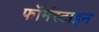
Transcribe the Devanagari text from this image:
फॉर्मरटाइन